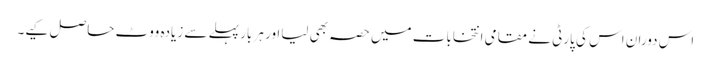
اس دوران اس کی پارٹی نے مقامی انتخابات میں حصہ بھی لیااور ہر بار پہلے سے زیادہ ووٹ حاصل کیے۔